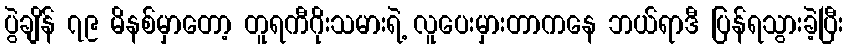
ပွဲချိန် ၇၉ မိနစ်မှာတော့ တူရကီဂိုးသမားရဲ့ လူပေးမှားတာကနေ ဘယ်ရာဒီ ပြန်ရသွားခဲ့ပြီး